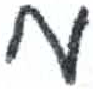
אות: מ